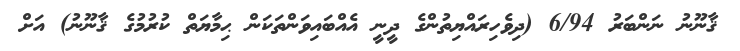
ޤާނޫނު ނަންބަރު 6/94 (ދިވެހިރައްޔިތުންގެ ދީނީ އެއްބައިވަންތަކަން ޙިމާޔަތް ކުރުމުގެ ޤާނޫނު) އަށް